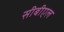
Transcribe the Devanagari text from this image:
सीबीएल